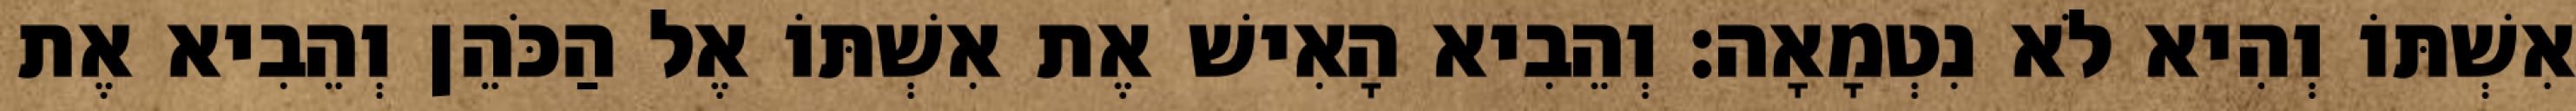
אִשְׁתּוֹ וְהִיא לֹא נִטְמָאָה׃ וְהֵבִיא הָאִישׁ אֶת אִשְׁתּוֹ אֶל הַכֹּהֵן וְהֵבִיא אֶת